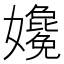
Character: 𡤎